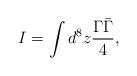
LaTeX: \begin{align*}I = \int d^8 z \frac{\Gamma \bar{\Gamma}}{4} ,\end{align*}